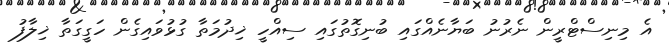
އެ މިނިސްޓްރީން ނެރުނު ބަޔާނެއްގައި ބުނިގޮތުގައި ސިއްހީ ޚިދުމަތާ ގުޅުވައިގެން ހަގީގަތާ ޚިލާފު